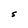
Character: S